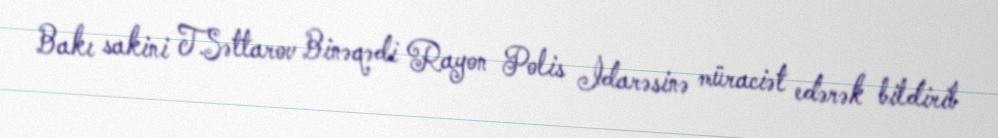
Bakı sakini T.Səttarov Binəqədi Rayon Polis İdarəsinə müraciət edərək bildirib